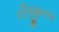
રીજીનલ